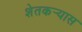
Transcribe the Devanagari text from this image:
शेतकर्‍यास